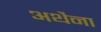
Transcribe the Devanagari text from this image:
अथैना